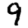
Digit: 9